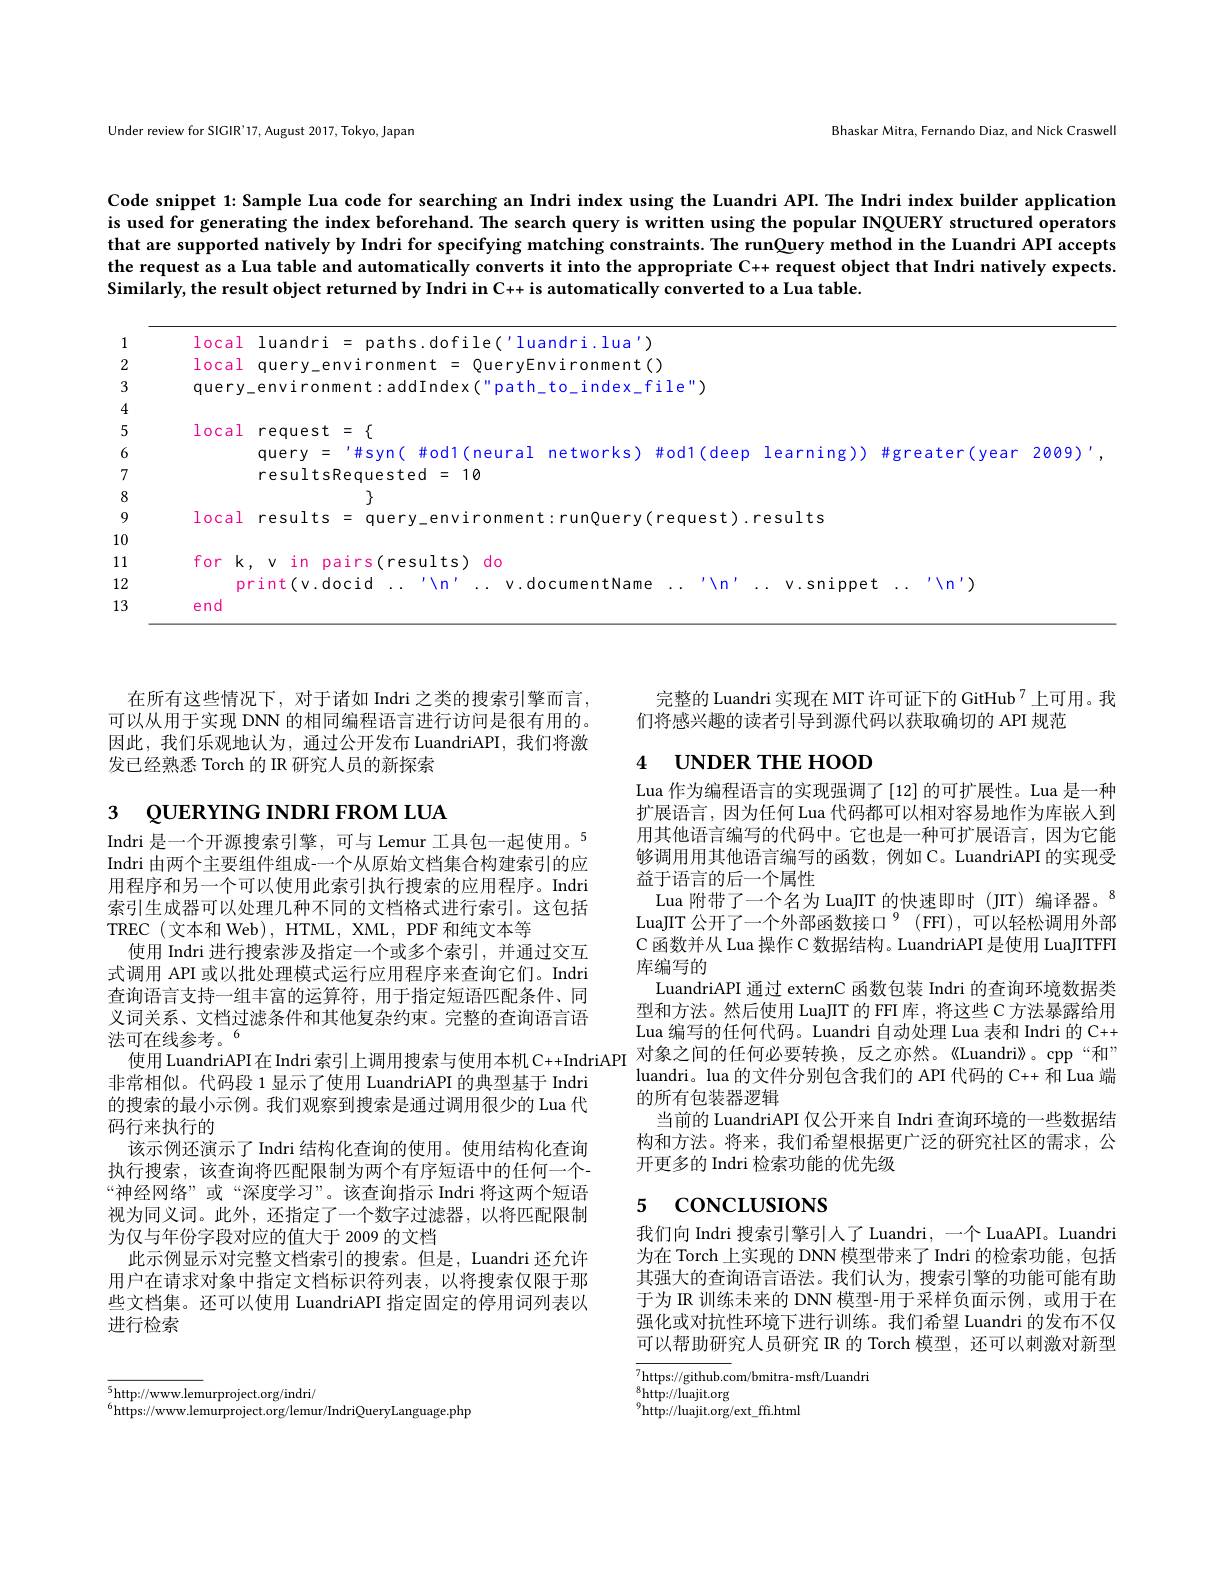
Bhaskar Mitra, Fernando Diaz, and Nick Craswell

Under review for SIGIR'17, August 2017, Tokyo, Japan

Code snippet 1: Sample Lua code for searching an Indri index using the Luandri API. The Indri index builder application is used for generating the index beforehand. The search query is written using the popular INQUERY structured operators that are supported natively by Indri for specifying matching constraints. The runQuery method in the Luandri API accepts the request as a Lua table and automatically converts it into the appropriate C+ request object that Indri natively expects. Similarly, the result object returned by Indri in C+ is automatically converted to a Lua table.

1

2

3

4

5

6

local luandri = paths.dofile('luandri.lua') local query\_environment = QueryEnvironment() query\_environment:addIndex("path_to_index_file")
local request = $\{$
query = '#syn( #od1(neural networks) #od1(deep learning)) #greater(year 2009)'
resultsRequested=10
17
local results = query\_environment: runQuery( request). results
for k, v in pairs(results) do
print(v.docid ...'''n'... v.documentName ...''''...v.snippet ...'''n'
end

7

8

9

10

11

12

13

在所有这些情况下，对于诸如 Indri 之类的搜索引擎而言， 可以从用于实现 DNN 的相同编程语言进行访问是很有用的。因此，我们乐观地认为，通过公开发布 LuandriAPI,我们将激发已经熟悉 Torch 的 IR 研究人员的新探索

# 3 QUERYING INDRI FROM LUA

Indri 是一个开源搜索引擎，可与 Lemur 工具包一起使用。$^{5}$ Indri 由两个主要组件组成-一个从原始文档集合构建索引的应用程序和另一个可以使用此索引执行搜索的应用程序。Indri 索引生成器可以处理几种不同的文档格式进行索引。这包括TREC(文本和Web),HTML,XML,PDF和纯文本等
使用 Indri 进行搜索涉及指定一个或多个索引，并通过交互式调用 API 或以批处理模式运行应用程序来查询它们。Indri 查询语言支持一组丰富的运算符，用于指定短语匹配条件、同义词关系、文档过滤条件和其他复杂约束。完整的查询语言语法可在线参考。$^{6}$
非常相似。代码段 1 显示了使用 LuandriAPI 的典型基于 Indri 的搜索的最小示例。我们观察到搜索是通过调用很少的 Lua 代码行来执行的
该示例还演示了 Indri 结构化查询的使用。使用结构化查询执行搜索，该查询将匹配限制为两个有序短语中的任何一个- “神经网络”或“深度学习”。该查询指示 Indri 将这两个短语视为同义词。此外，还指定了一个数字过滤器，以将匹配限制为仅与年份字段对应的值大于 2009 的文档
此示例显示对完整文档索引的搜索。但是，Luandri 还允许用户在请求对象中指定文档标识符列表，以将搜索仅限于那些文档集。还可以使用 LuandriAPI 指定固定的停用词列表以进行检索

完整的 Luandri 实现在 MIT 许可证下的 GitHub$^{7}$上可用。我
们将感兴趣的读者引导到源代码以获取确切的 API 规范

# 4 UNDER THE HOOD

Lua 作为编程语言的实现强调了[12]的可扩展性。Lua 是一种扩展语言，因为任何 Lua 代码都可以相对容易地作为库嵌入到用其他语言编写的代码中。它也是一种可扩展语言，因为它能够调用用其他语言编写的函数，例如 C。LuandriAPI 的实现受益于语言的后一个属性
Lua 附带了一个名为 LuaJIT 的快速即时(JIT) 编译器。$^{8}$ LuaJIT 公开了一个外部函数接口$^{9}($FFI), 可以轻松调用外部C 函数并从 Lua 操作 C 数据结构。LuandriAPI 是使用 LuaJITFFI 库编写的
LuandriAPI 通过 externC 函数包装 Indri 的查询环境数据类型和方法。然后使用 LuaJIT 的 FFI 库，将这些 C 方法暴露给用Lua 编写的任何代码。Luandri 自动处理 Lua 表和 Indri 的 C+
使用 LuandriAPI在Indri 索引上调用搜索与使用本机 C++IndriAPI 对象之间的任何必要转换，反之亦然。《Luandri》。cpp“和”
luandri。lua 的文件分别包含我们的 API 代码的 C++ 和 Lua 端
的所有包装器逻辑
当前的 LuandriAPI 仅公开来自 Indri 查询环境的一些数据结构和方法。将来，我们希望根据更广泛的研究社区的需求，公开更多的 Indri 检索功能的优先级

## 5 CONCLUSIONS

我们向 Indri 搜索引擎引人了 Luandri, 一个 LuaAPI。Luandri 为在 Torch 上实现的 DNN 模型带来了 Indri 的检索功能，包括其强大的查询语言语法。我们认为，搜索引擎的功能可能有助于为 IR 训练未来的 DNN 模型-用于采样负面示例，或用于在强化或对抗性环境下进行训练。我们希望 Luandri 的发布不仅可以帮助研究人员研究 IR 的 Torch 模型，还可以刺激对新型

$^{9}$http://luajit.org/ext\_ffi.html

$\overline{5\text{http://www.lemurproject.org/indri/}}$
$^{6}$https://www.lemurproject.org/lemur/IndriQueryLanguage.php